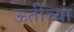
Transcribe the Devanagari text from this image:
ऊतींच्या